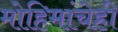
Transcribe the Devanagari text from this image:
मोहिमांचेही